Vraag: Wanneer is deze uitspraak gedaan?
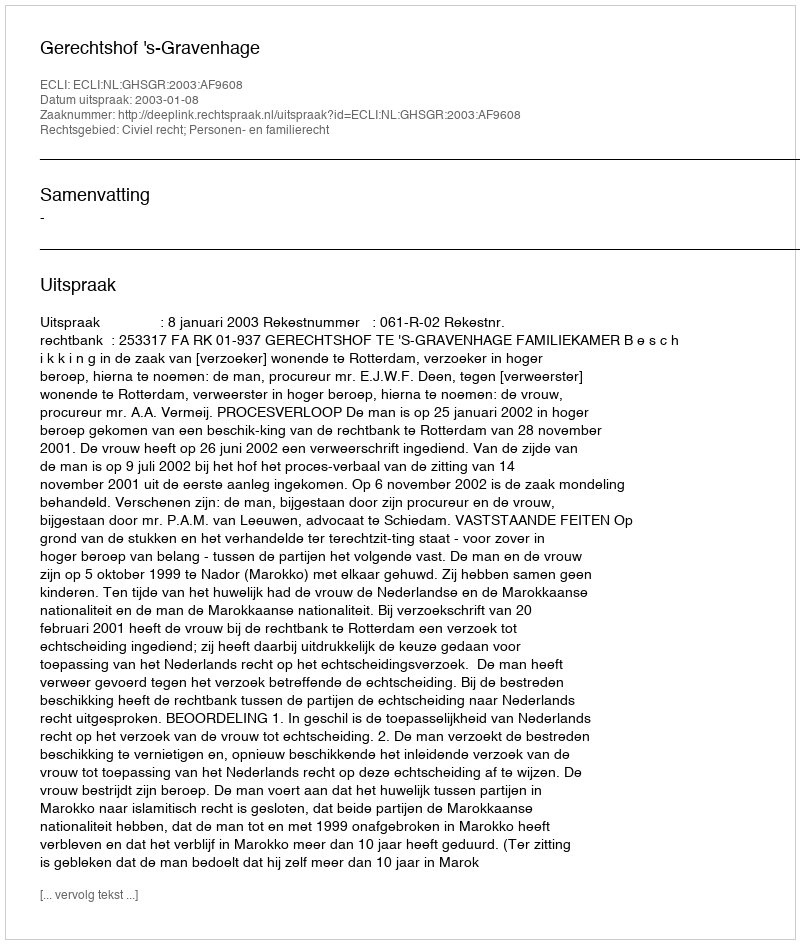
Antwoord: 2003-01-08